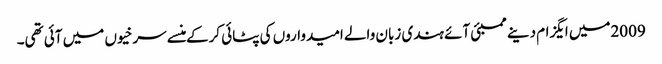
2009میں ایگزام دینے ممبئی آئے ہندی زبان والے امیدواروں کی پٹائی کرکے منسے سرخیوں میں آئی تھی۔